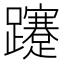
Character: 𨇥